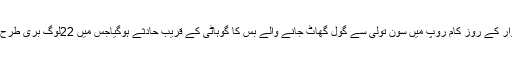
درایں اثناء اتوار کے روز کام روپ میں سون تولی سے گول گھاٹ جانے والے بس کا گوہاٹی کے قریب حادثے ہوگیاجس میں 22لوگ بری طرح زخمی ہوئے۔